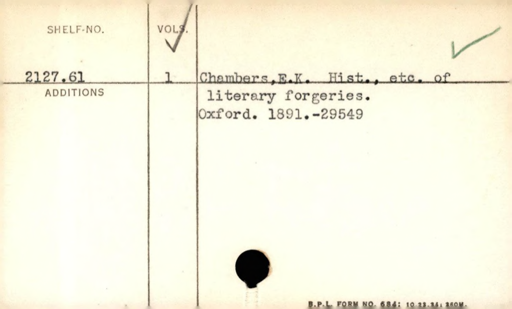
Label: content